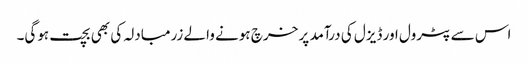
اس سے پٹرول اور ڈیزل کی درآمد پر خرچ ہونے والے زرمبادلہ کی بھی بچت ہوگی۔